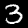
Digit: 3